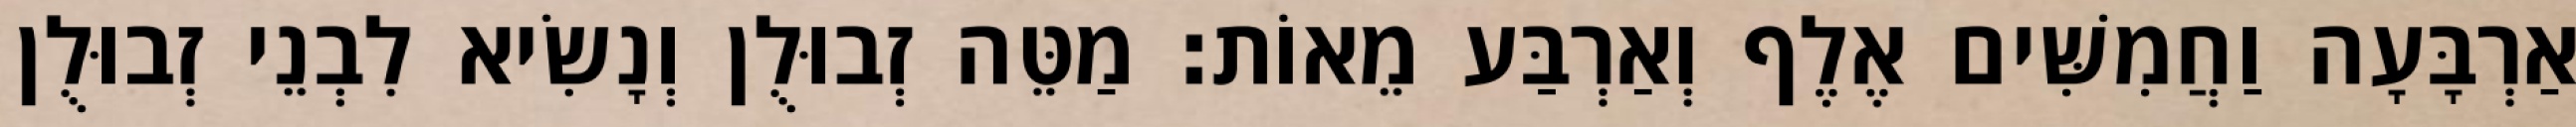
אַרְבָּעָה וַחֲמִשִּׁים אֶלֶף וְאַרְבַּע מֵאוֹת׃ מַטֵּה זְבוּלֻן וְנָשִׂיא לִבְנֵי זְבוּלֻן